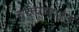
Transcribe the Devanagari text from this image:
एक्यूप्वाइंट